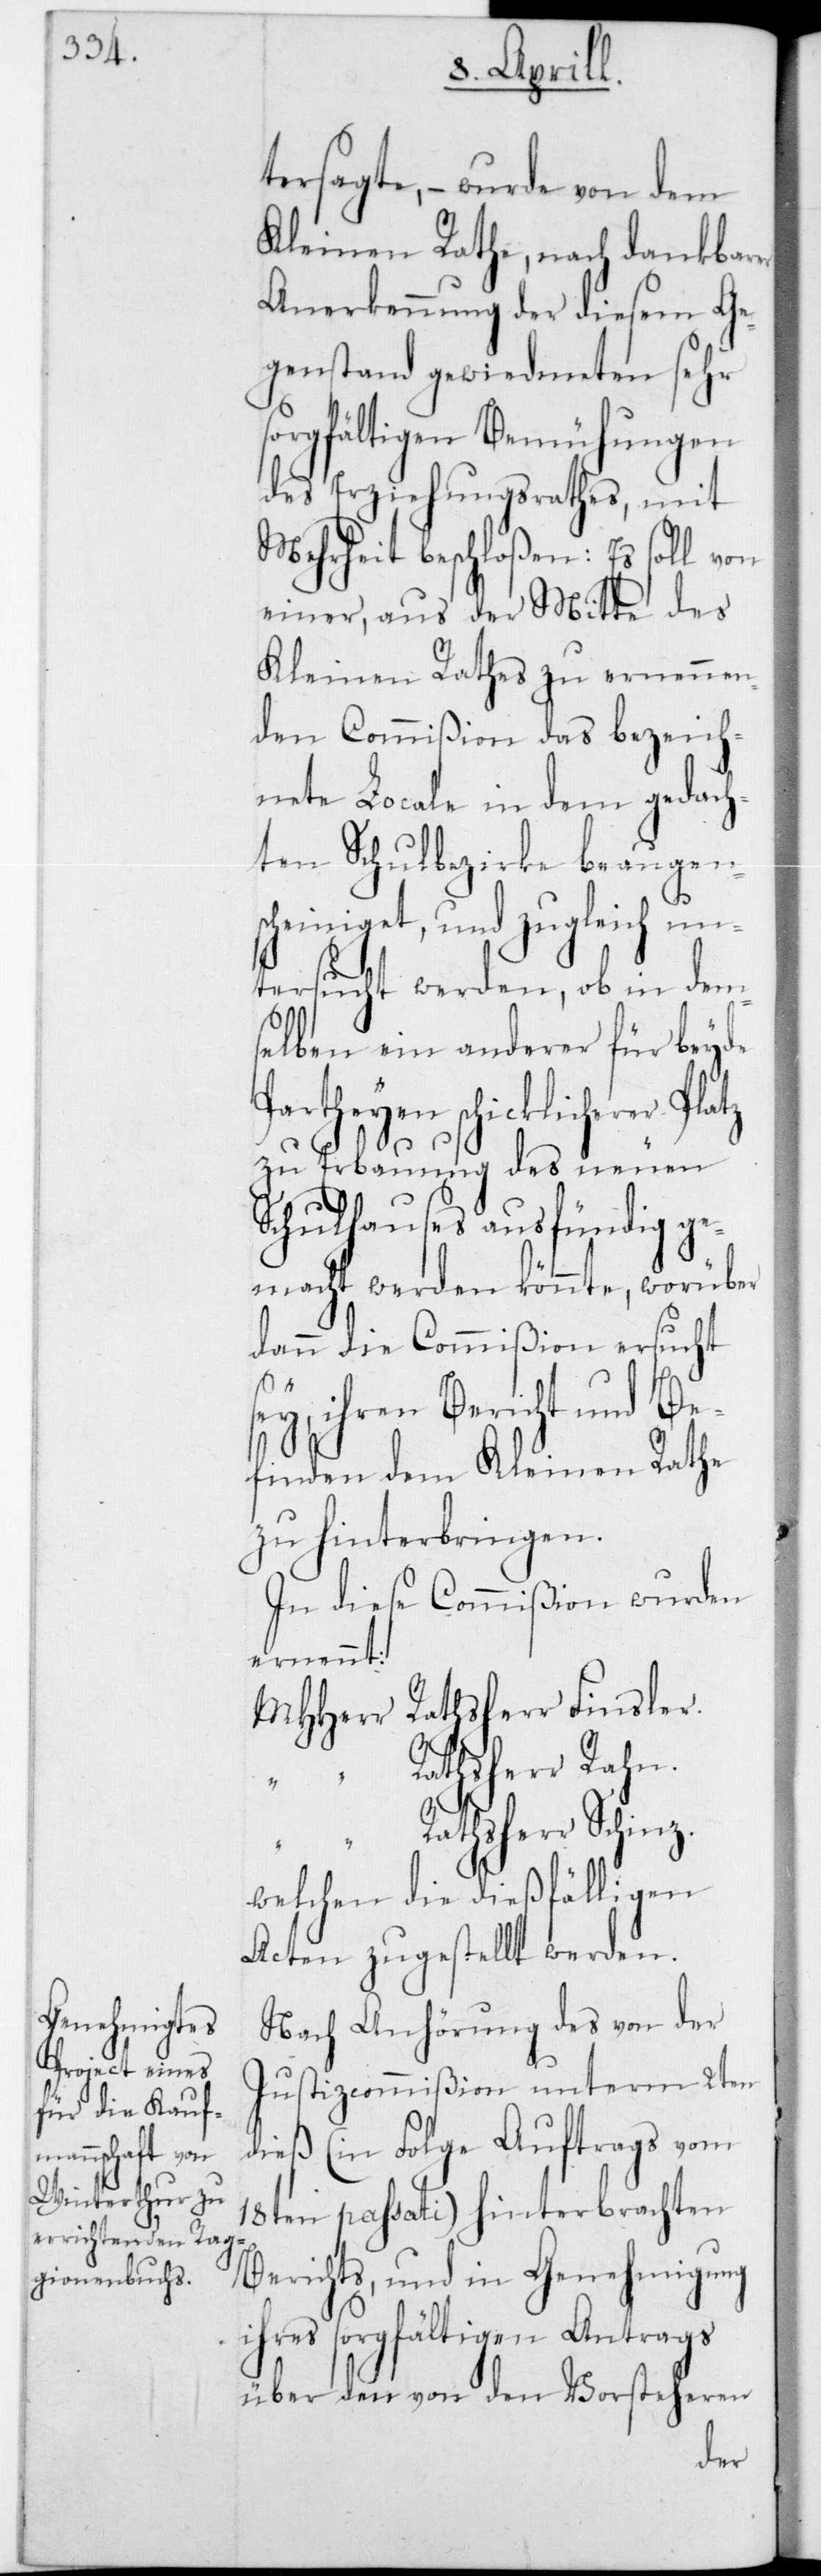
tersagte, – wurde von dem
Kleinen Rathe, nach dankbarer
Anerkennung der diesem Ge¬
genstand gewidmeten sehr
sorgfältigen Bemühungen
des Erziehungsrathes, mit
Mehrheit beschloßen: Es soll von
einer, aus der Mitte des
Kleinen Rathes zu ernennen¬
den Commißion das bezeich¬
nete Locale in dem gedach¬
ten Schulbezirke beaugen¬
scheiniget, und zugleich un¬
tersucht werden, ob in dem¬
selben ein anderer für beyde
rtheyen schicklicherer
zu Erbauung des neuen
Schulhauses ausfündig ge¬
macht werden könnte, worüber
dann die Commißion ersucht
“
ey, ihren Bericht und Be¬
finden dem Kleinen Rathe
zu hinterbringen.
In diese Commißion wurden
ernennt:
Rathsherr Schin¬
z.
welchen die dießfälligen
Acten zugestellt werden.
Nach Anhörung des von der
Justizcommißion unterm 2ten
dieß (in Folge Auftrags vom
18ten passati) hinterbrachten
Berichts, und in Genehmigung
ihres sorgfältigen Antrags
über den von den Vorsteheren